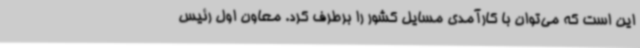
این است که می‌توان با کارآمدی مسایل کشور را برطرف کرد. معاون اول رئیس